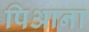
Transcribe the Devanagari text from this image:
पिआना